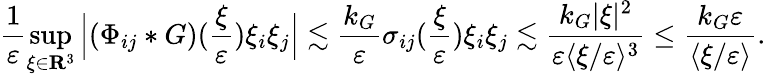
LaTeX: \frac{1}{\varepsilon}\operatorname*{sup}_{\xi\in\mathbf R^{3}}\Big|(\Phi_{ij}*G)(\frac{\xi}{\varepsilon})\xi_{i}\xi_{j}\Big|\lesssim\frac{k_{G}}{\varepsilon}\sigma_{ij}(\frac{\xi}{\varepsilon})\xi_{i}\xi_{j}\lesssim\frac{k_{G}|\xi|^{2}}{\varepsilon\langle\xi/\varepsilon\rangle^{3}}\leq\frac{k_{G}\varepsilon}{\langle\xi/\varepsilon\rangle}.